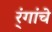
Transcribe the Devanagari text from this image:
र्ंगांचे